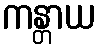
ကန္တာယ